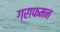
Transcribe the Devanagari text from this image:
ग्राफमन